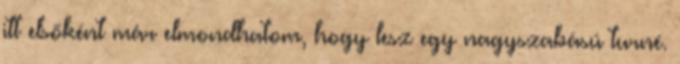
itt elsőként már elmondhatom, hogy lesz egy nagyszabású turné.